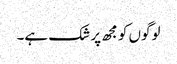
لوگوں کو مجھ پر شک ہے۔